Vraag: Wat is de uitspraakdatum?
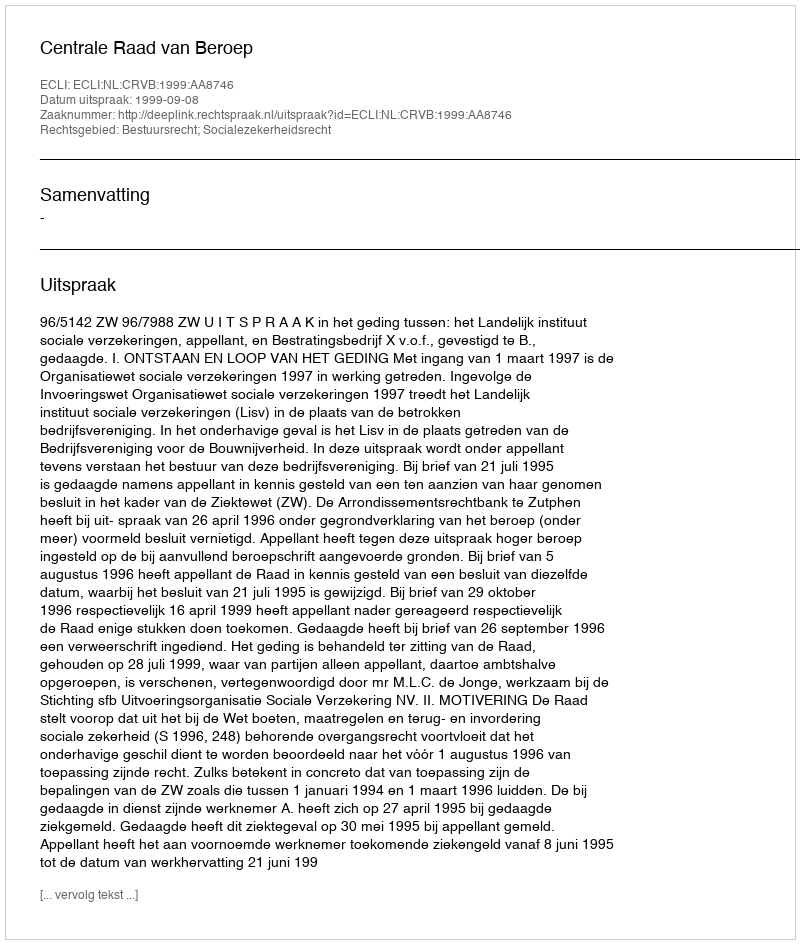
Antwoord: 1999-09-08